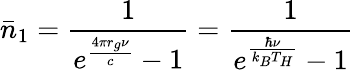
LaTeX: \bar{n}_{1}=\frac{1}{e^{\frac{4\pi r_{g}\nu}{c}}-1}=\frac{1}{e^{\frac{\hbar\nu}{k_{B}T_{H}}}-1}